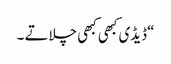
“ڈیڈی کبھی کبھی چلاتے ۔